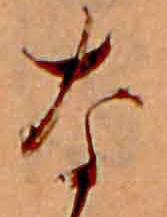
な